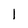
Character: 1